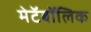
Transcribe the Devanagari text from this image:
मेटॅबॉलिक